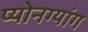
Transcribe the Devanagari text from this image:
प्योनग्यांग